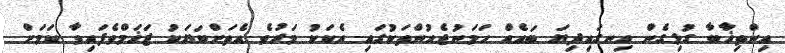
އިންތިޚާބާ ގުޅިގެން ހިނގައިދިޔަ ބައެއް ހަމަނުޖެހުންތަކުގައި އެކަކު މަރުވެ އެތަށްބަޔަކު ޒަޚަމްވެފައިވާ ކަމަށް